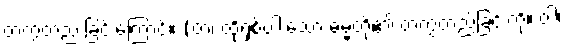
တကွတည် ခြင်းကြောင့်။ (တံ၊ ထိုရှစ်ပါးသော ဓမ္မတို့၏ တကွတည်ခြင်းကို။ ဝါ၊